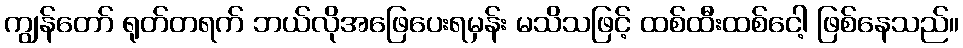
ကျွန်တော် ရုတ်တရက် ဘယ်လိုအဖြေပေးရမှန်း မသိသဖြင့် ထစ်ထီးထစ်ငေါ့ ဖြစ်နေသည်။